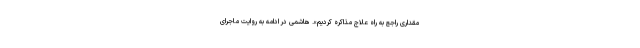
مقدارى راجع به راه علاج مذاكره كردیم». هاشمی در ادامه به روایت ماجرای